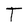
Character: T